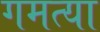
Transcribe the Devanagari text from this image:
गमत्या